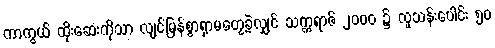
ကာကွယ် ထိုးဆေးကိုသာ လျင်မြန်စွာရှာမတွေ့ခဲ့လျှင် သက္ကရာဇ် ၂၀၀၀ ၌ လူသန်းပေါင်း ၅၀